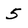
Character: 5